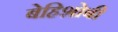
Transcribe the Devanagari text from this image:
बेहिशोबी